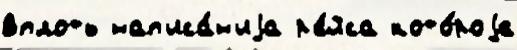
вплоть нап'иса́н'иjа р'е́йса кото́роjе